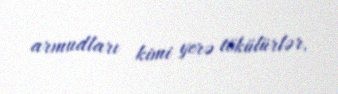
armudları kimi yerə tökülürlər.